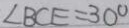
\angle B C E = 3 0 ^ { \circ }